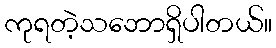
ကုရတဲ့သဘောရှိပါတယ်။